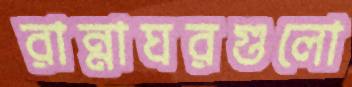
রান্নাঘরগুলো